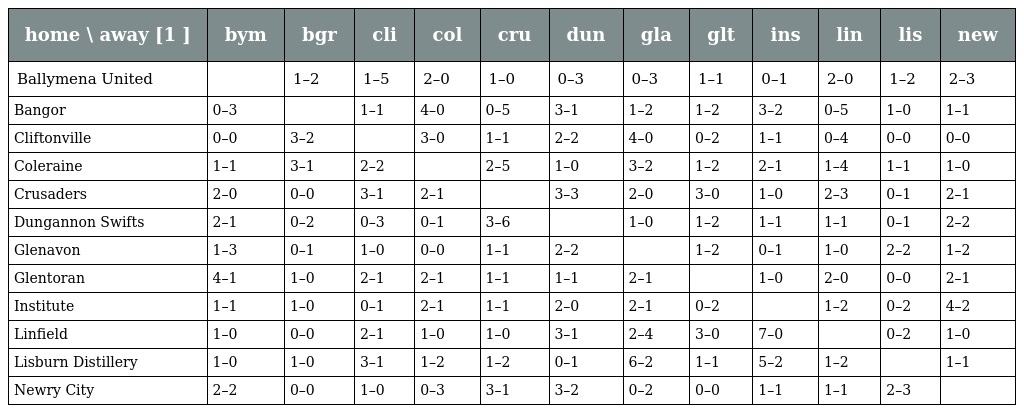
| home \ away [1 ] | bym | bgr | cli | col | cru | dun | gla | glt | ins | lin | lis | new |
 | --- | --- | --- | --- | --- | --- | --- | --- | --- | --- | --- | --- | --- |
 | Ballymena United |  | 1–2 | 1–5 | 2–0 | 1–0 | 0–3 | 0–3 | 1–1 | 0–1 | 2–0 | 1–2 | 2–3 |
 | Bangor | 0–3 |  | 1–1 | 4–0 | 0–5 | 3–1 | 1–2 | 1–2 | 3–2 | 0–5 | 1–0 | 1–1 |
 | Cliftonville | 0–0 | 3–2 |  | 3–0 | 1–1 | 2–2 | 4–0 | 0–2 | 1–1 | 0–4 | 0–0 | 0–0 |
 | Coleraine | 1–1 | 3–1 | 2–2 |  | 2–5 | 1–0 | 3–2 | 1–2 | 2–1 | 1–4 | 1–1 | 1–0 |
 | Crusaders | 2–0 | 0–0 | 3–1 | 2–1 |  | 3–3 | 2–0 | 3–0 | 1–0 | 2–3 | 0–1 | 2–1 |
 | Dungannon Swifts | 2–1 | 0–2 | 0–3 | 0–1 | 3–6 |  | 1–0 | 1–2 | 1–1 | 1–1 | 0–1 | 2–2 |
 | Glenavon | 1–3 | 0–1 | 1–0 | 0–0 | 1–1 | 2–2 |  | 1–2 | 0–1 | 1–0 | 2–2 | 1–2 |
 | Glentoran | 4–1 | 1–0 | 2–1 | 2–1 | 1–1 | 1–1 | 2–1 |  | 1–0 | 2–0 | 0–0 | 2–1 |
 | Institute | 1–1 | 1–0 | 0–1 | 2–1 | 1–1 | 2–0 | 2–1 | 0–2 |  | 1–2 | 0–2 | 4–2 |
 | Linfield | 1–0 | 0–0 | 2–1 | 1–0 | 1–0 | 3–1 | 2–4 | 3–0 | 7–0 |  | 0–2 | 1–0 |
 | Lisburn Distillery | 1–0 | 1–0 | 3–1 | 1–2 | 1–2 | 0–1 | 6–2 | 1–1 | 5–2 | 1–2 |  | 1–1 |
 | Newry City | 2–2 | 0–0 | 1–0 | 0–3 | 3–1 | 3–2 | 0–2 | 0–0 | 1–1 | 1–1 | 2–3 |  |